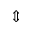
\Updownarrow